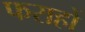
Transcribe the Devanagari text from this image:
फराहों